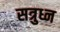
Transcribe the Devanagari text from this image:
सत्रुध्न